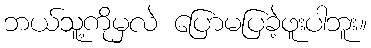
ဘယ်သူ့ကိုမှလဲ ပြောမပြခဲ့ဖူးပါဘူး။